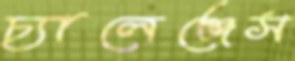
চ্যালেঞ্জেস